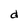
Character: d